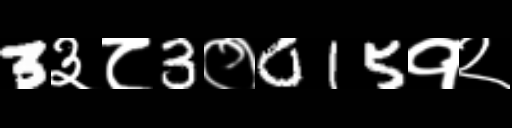
Text: 3३८3०015१२